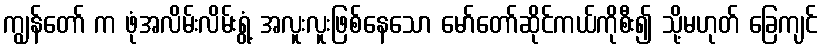
ကျွန်တော် က ဖုံအလိမ်းလိမ်းရွံ့ အလူးလူးဖြစ်နေသော မော်တော်ဆိုင်ကယ်ကိုစီး၍ သို့မဟုတ် ခြေကျင်